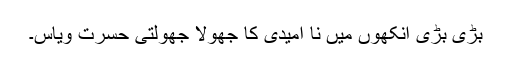
بڑی بڑی آنکھوں میں نا امیدی کا جھولا جھولتی حسرت ویاس۔